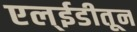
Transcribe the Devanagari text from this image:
एल्ईडीतून